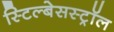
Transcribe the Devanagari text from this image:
स्टिल्बेसस्ट्रॉल